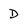
Character: D